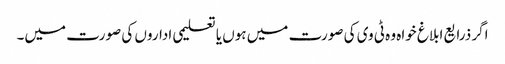
اگر ذرایع ابلاغ خواہ وہ ٹی وی کی صورت میں ہوں یا تعلیمی اداروں کی صورت میں۔